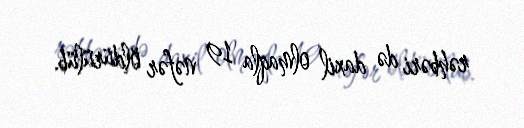
rəhbəri də daxil olmaqla 19 nəfər öldürülüb.